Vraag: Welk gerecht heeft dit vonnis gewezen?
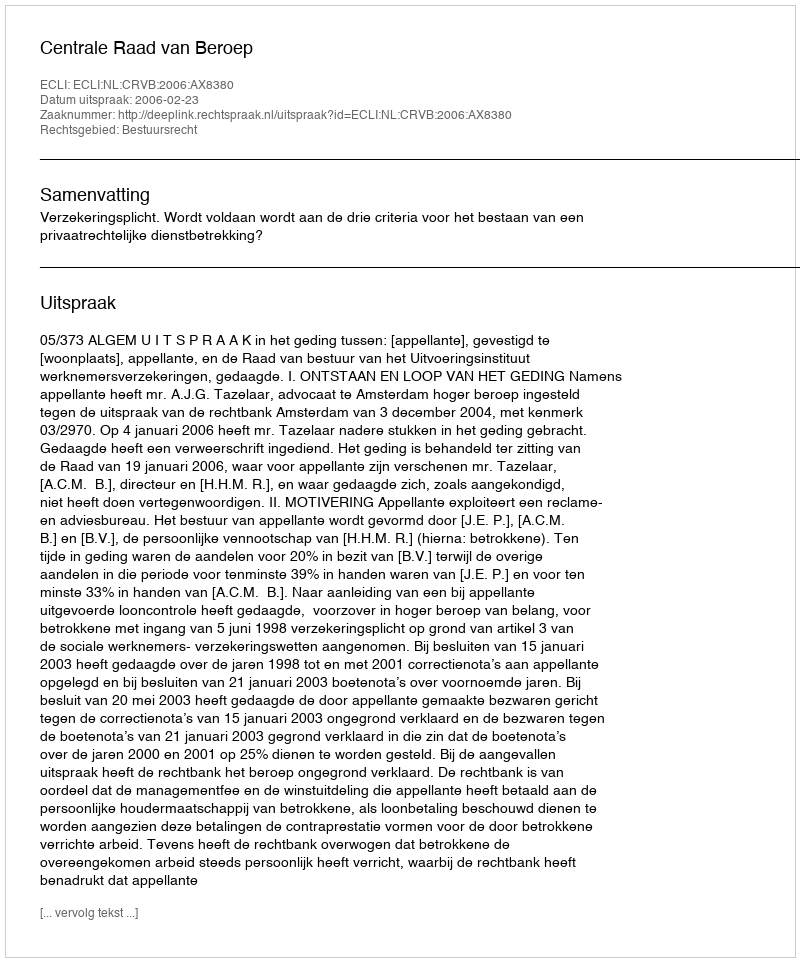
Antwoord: Centrale Raad van Beroep